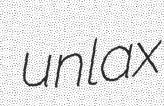
unlax